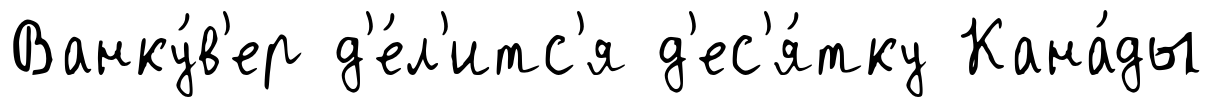
Ванку́в'ер д'е́л'итс'я д'ес'я́тку Кана́ды